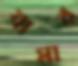
যামার